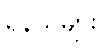
ရန်သူများ